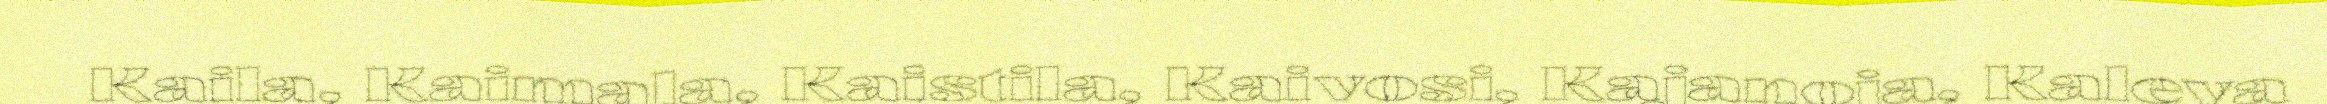
Kaila, Kaimala, Kaistila, Kaivosi, Kajanoja, Kaleva